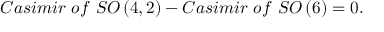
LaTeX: C a s i m i r \, \, o f \, \, S O \left( 4 , 2 \right) - C a s i m i r \, \, o f \, \, S O \left( 6 \right) = 0 .